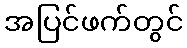
အပြင်ဖက်တွင်